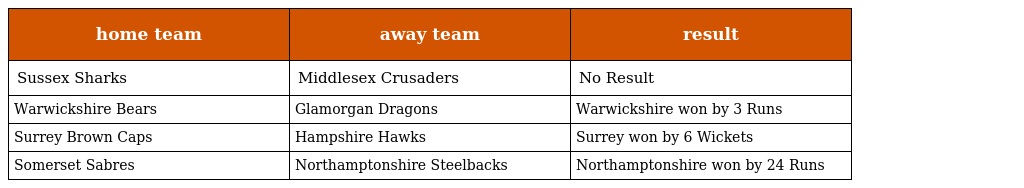
| home team | away team | result |
 | --- | --- | --- |
 | Sussex Sharks | Middlesex Crusaders | No Result |
 | Warwickshire Bears | Glamorgan Dragons | Warwickshire won by 3 Runs |
 | Surrey Brown Caps | Hampshire Hawks | Surrey won by 6 Wickets |
 | Somerset Sabres | Northamptonshire Steelbacks | Northamptonshire won by 24 Runs |